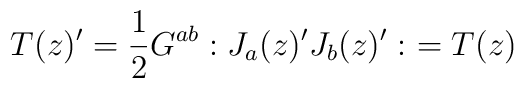
T(z)'=\frac{1}{2} G^{ab} : J_a (z)' J_b(z)' : \ = T(z)